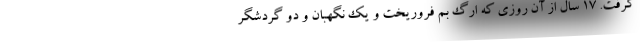
گرفت. ۱۷ سال از آن روزی که ارگ بم فروریخت و یک نگهبان و دو گردشگر